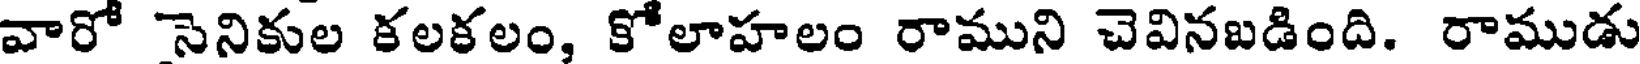
వారో సెనికుల కలకలం, కోలాహలం రాముని చెవినబడింది. రాముడు